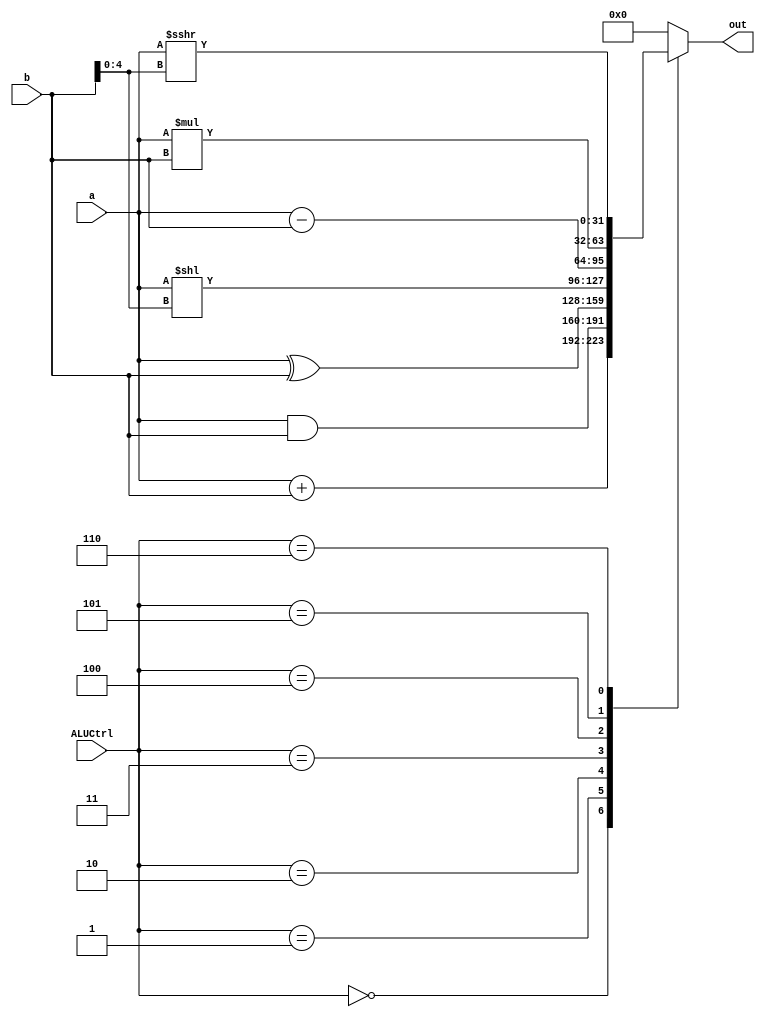
module ALU
(
    a,
    b,
    ALUCtrl,
    out,
);

input signed [31:0] a;
input signed [31:0] b;
input [2:0] ALUCtrl;
output signed [31:0] out;

// for ALUCtrl
/*
000: add 
001: and
010: xor
011: sll
100: sub
101: mul
110: srai
*/

reg signed [31:0] out;

initial
begin
    out <= 0;
end

always @(*)
begin
    case (ALUCtrl)
        3'b000: out <= a + b;
        3'b001: out <= a & b;
        3'b010: out <= a ^ b;
        3'b011: out <= a << b[4:0];
        3'b100: out <= a - b;
        3'b101: out <= a * b;
        3'b110: out <= a >>> b[4:0];
        default: out <= 0;
    endcase
end

endmodule